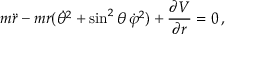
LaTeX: m { \ddot { r } } - m r ( { \dot { \theta } } ^ { 2 } + \sin ^ { 2 } \theta \, { \dot { \varphi } } ^ { 2 } ) + { \frac { \partial V } { \partial r } } = 0 \, ,